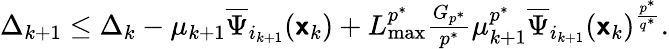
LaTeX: \begin{array}{r}{\Delta_{k+1}\leq\Delta_{k}-\mu_{k+1}\overline{{\Psi}}_{i_{k+1}}({\boldsymbol{\mathsf{x}}}_{k})+L_{\operatorname*{max}}^{p^{\ast}}\frac{G_{p^{\ast}}}{p^{\ast}}\mu_{k+1}^{p^{\ast}}\overline{{\Psi}}_{i_{k+1}}({\boldsymbol{\mathsf{x}}}_{k})^{\frac{p^{\ast}}{q^{\ast}}}.}\end{array}